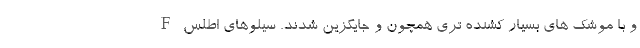
و با موشک های بسیار کشنده تری همچون و جایگزین شدند. سیلوهای اطلس F